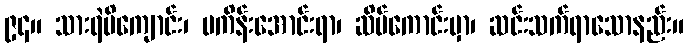
၉၄။ သားရဲမိကျောင်း၊ မကိန်းအောင်းရာ၊ ဆိပ်ကောင်းမှာ၊ ဆင်းသက်ရာသောနည်း။